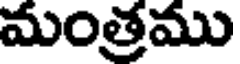
మంత్రము